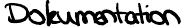
Dokumentation